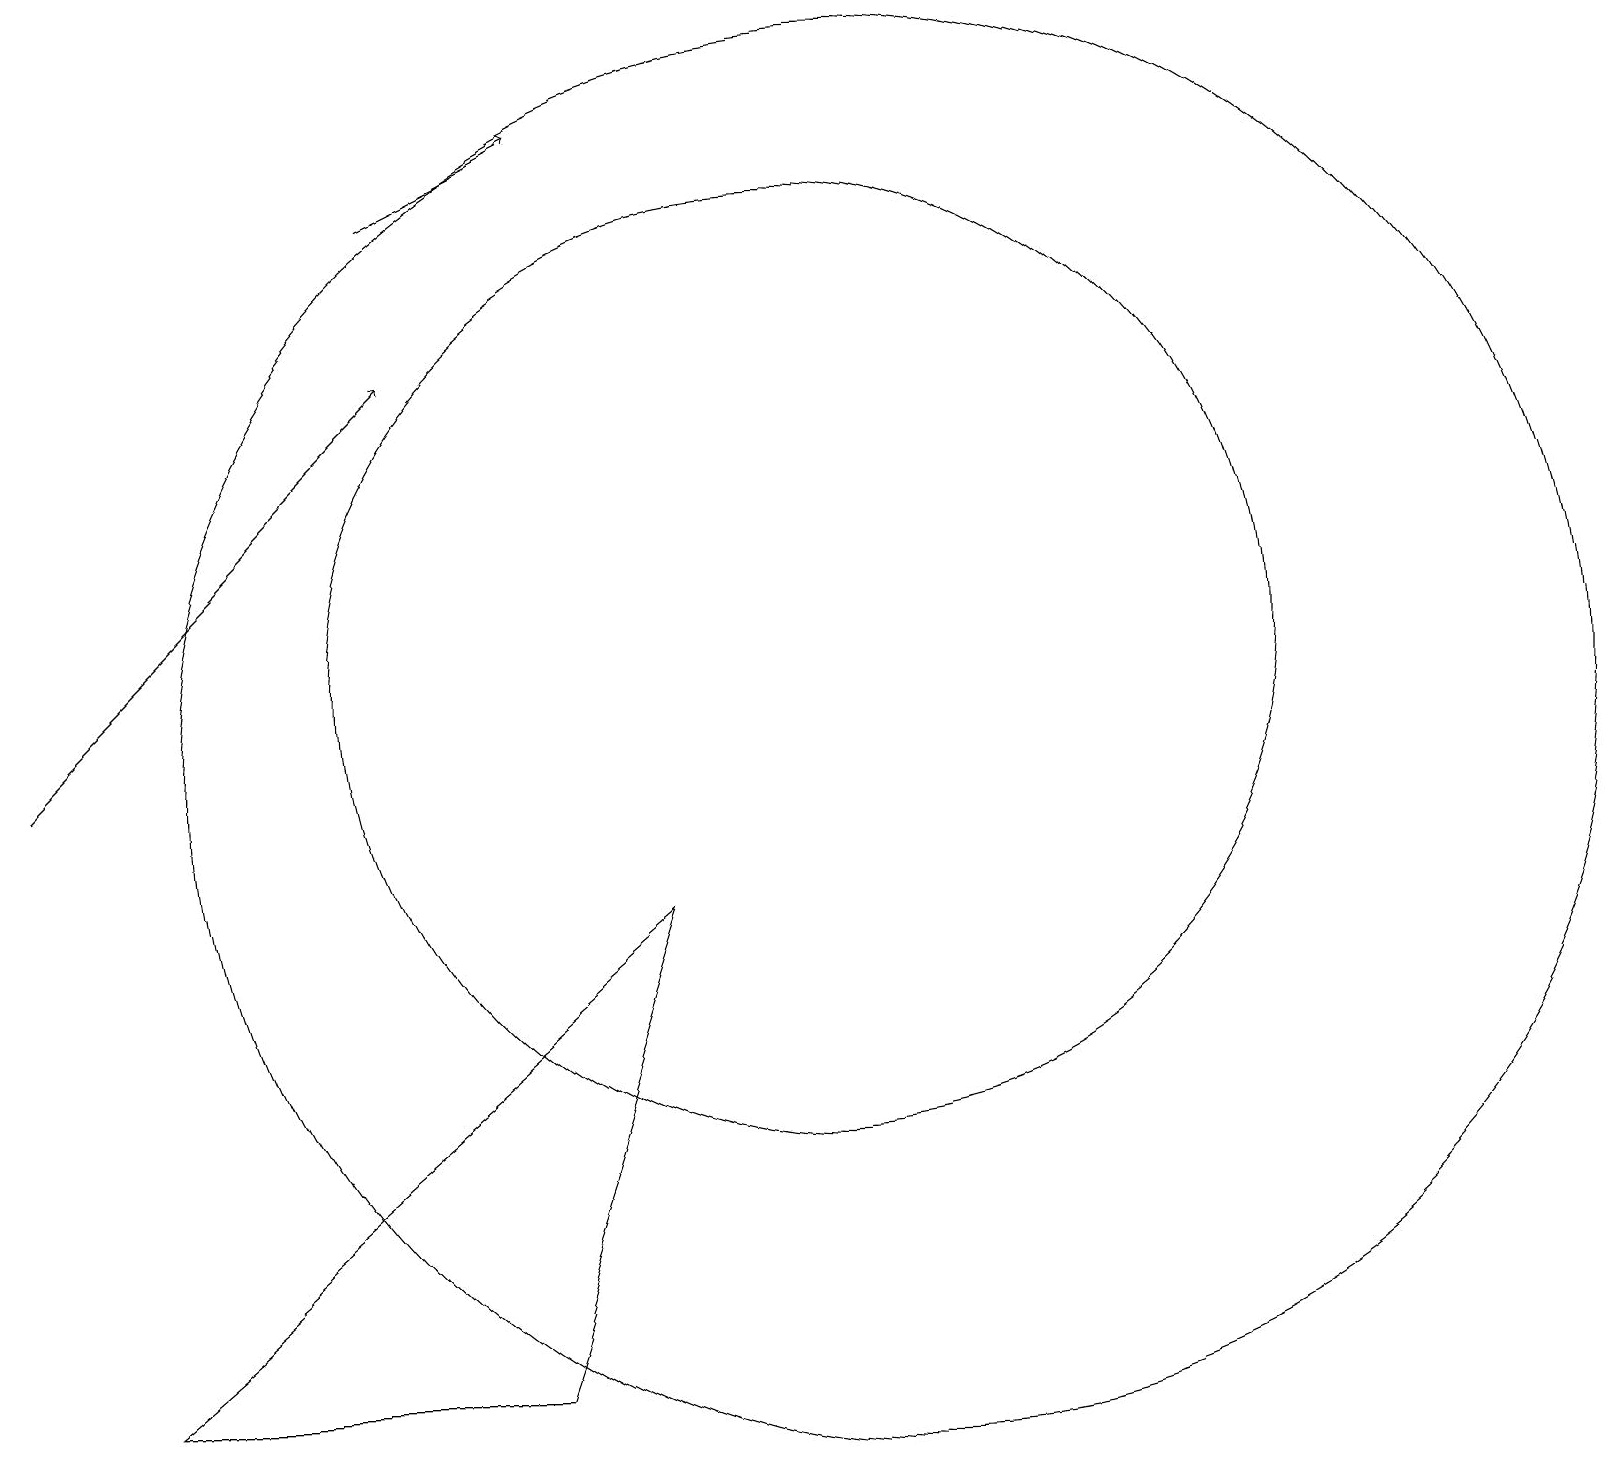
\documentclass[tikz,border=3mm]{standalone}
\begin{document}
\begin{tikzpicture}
\draw (10,10) circle (0);
\draw[->] (5,17) -- (7,18);
\draw[->] (0,10) -- (5,15);
\draw (8,8) -- (6,2) -- (1,2) -- cycle;
\draw (10,11) circle (6);
\draw (11,10) circle (9);
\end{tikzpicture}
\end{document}